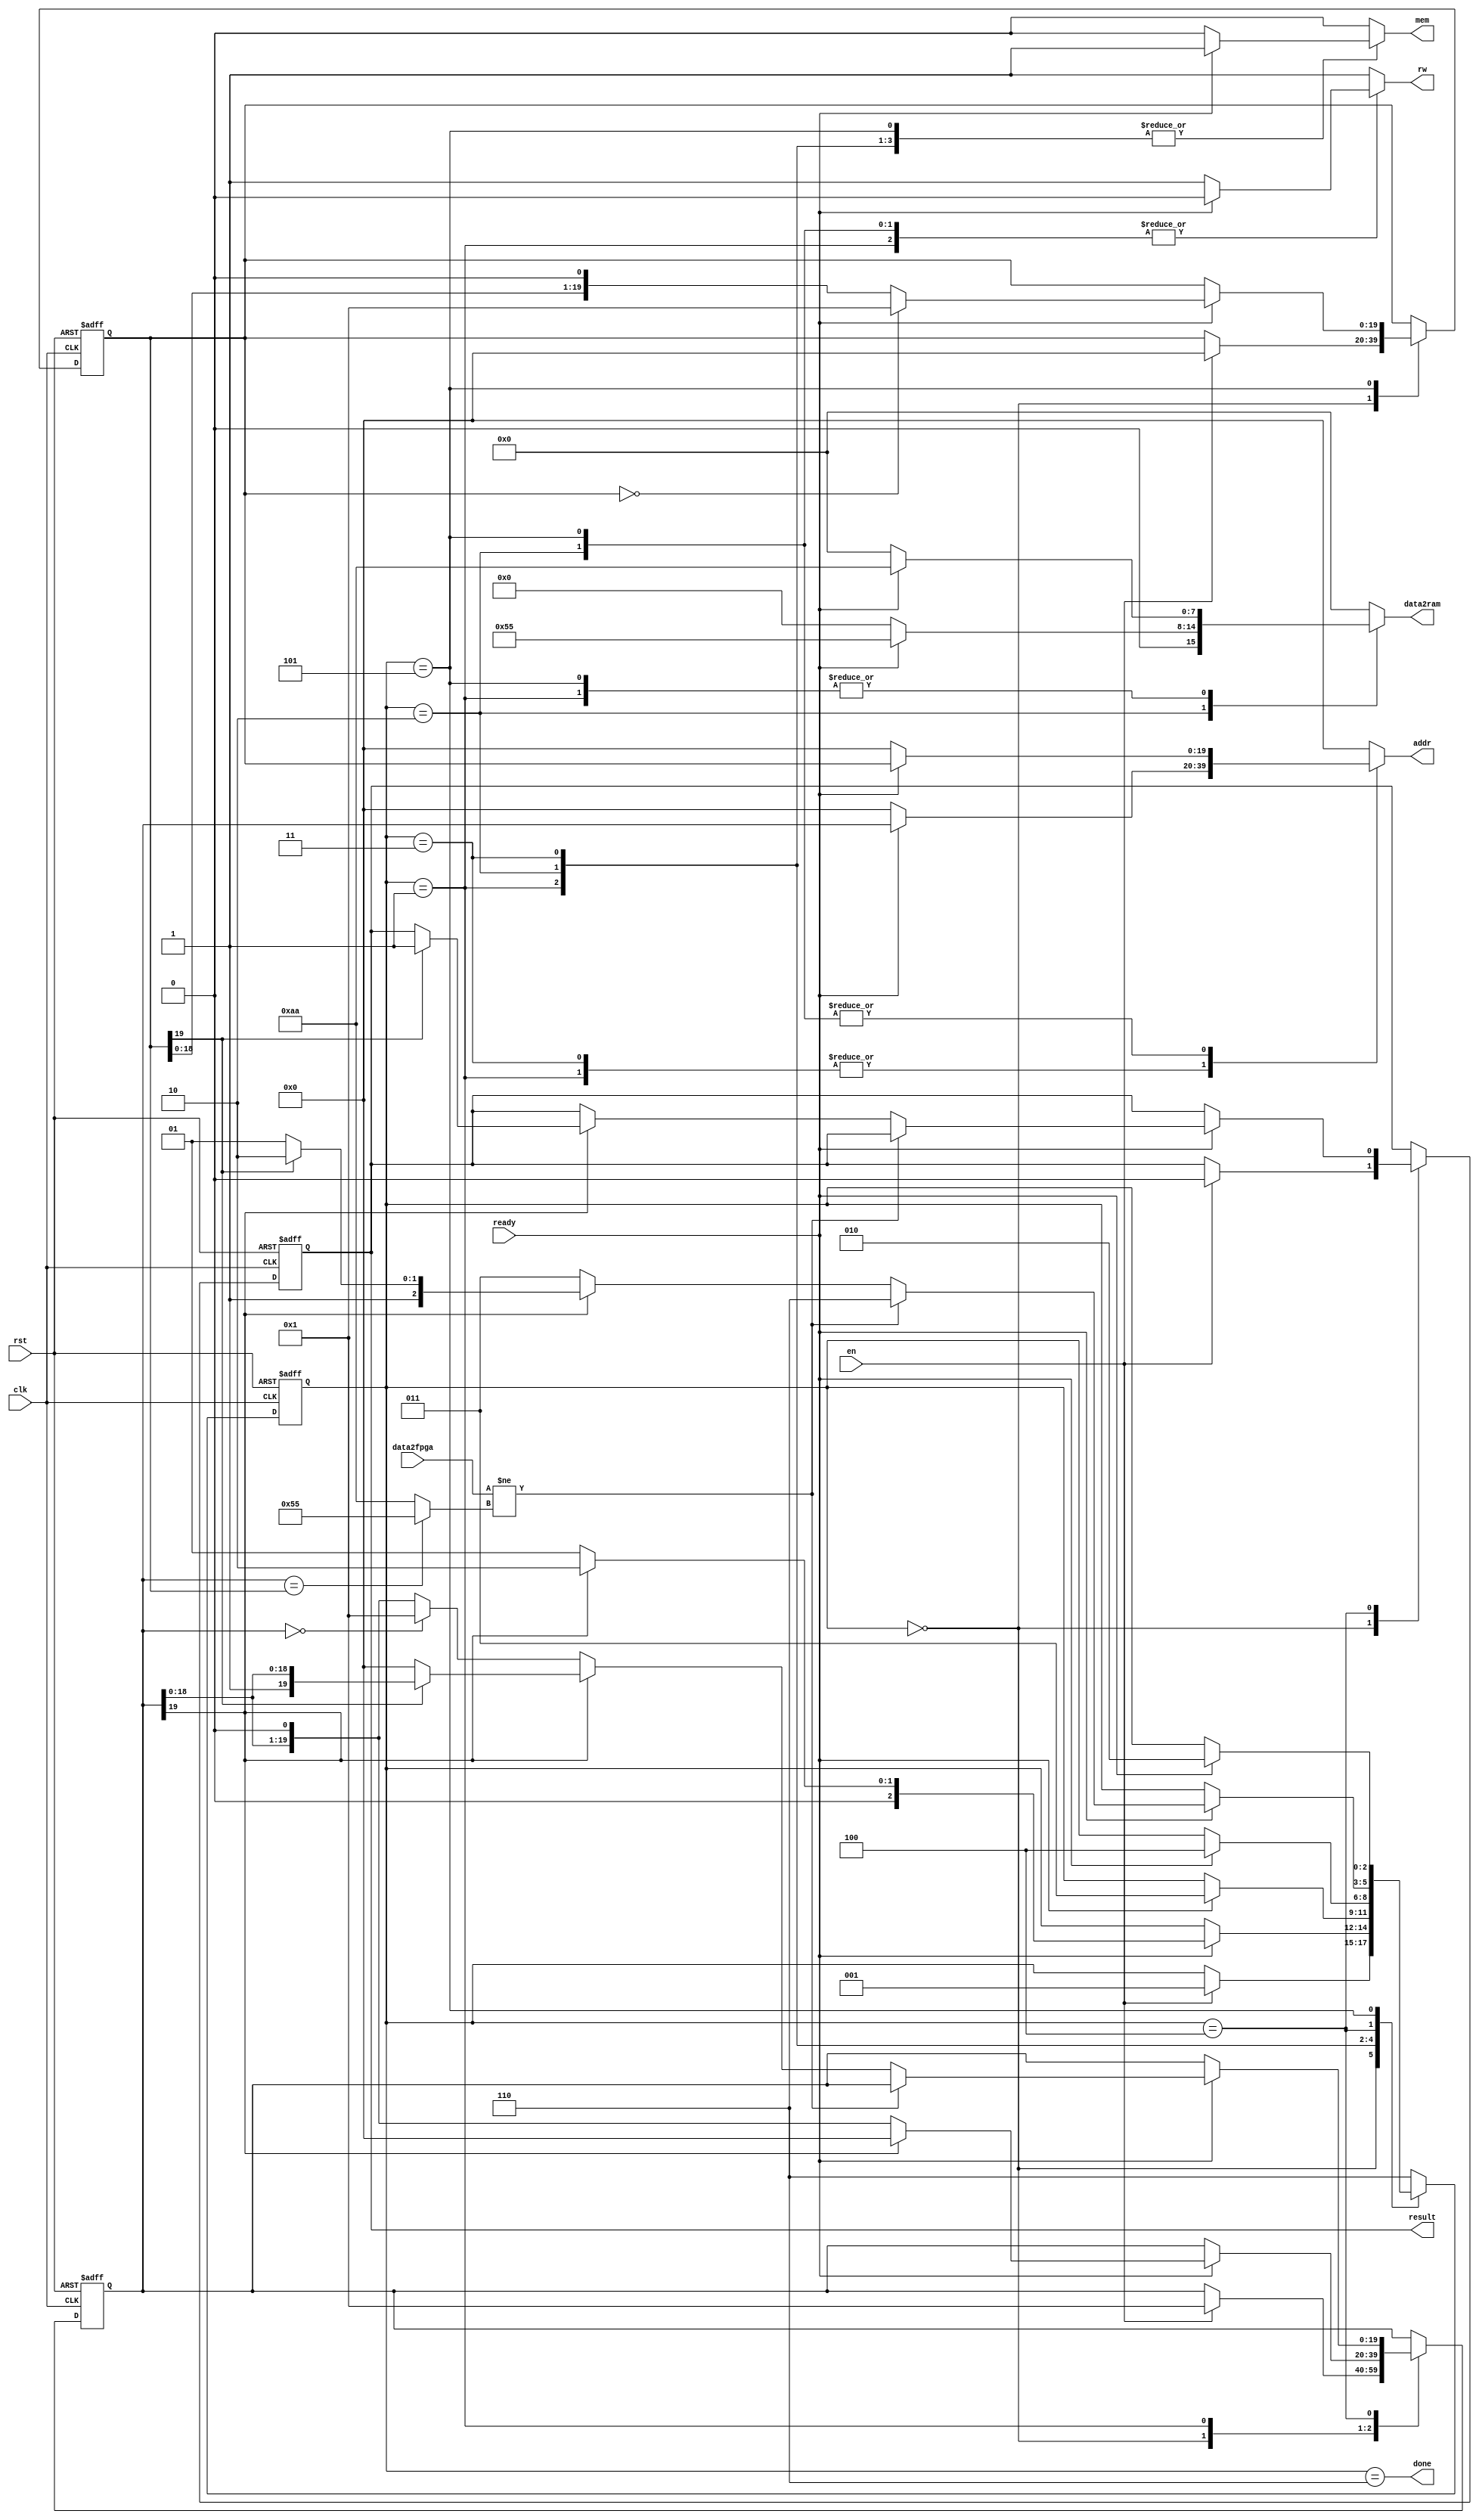
////////////////////////////////////////////////////////////////////////////////
//
// 
// Module Name:     addr_bus_test
// Target Devices:  Mojo V3 (Spartan-6)
//
// Description:     NTSC Shield SRAM Address Bus Test
//
//                  Address Bus Test is a "walking ones" test. The test writes a
//                  test pattern to each "walking one" address (0x00001,
//                  0x00002, etc.), then writes the inverse to each address
//                  (including 0x00000) and tests to make sure each other
//                  address holds the original test pattern. 
//
// Inputs:          clk         - 50 MHz Mojo V3 clock input
//                  rst         - asynchronous reset
//                  en          - enable test
//                  ready       - ready for new operation
//                  data2fpga   - 8-bit data read from SRAM
//		
// Outputs:         mem         - initiate memory operation
//                  rw          - read (1) or write (0)
//                  addr        - 20-bit address
//                  data2ram    - 8-bit data to write to SRAM
//                  done        - test done flag
//                  result      - test result
//
////////////////////////////////////////////////////////////////////////////////

module addr_bus_test
    (
    input wire clk,
    input wire rst,
    
    input wire en,
    
    output reg mem,
    output reg rw,
    input wire ready,
    
    output reg [19:0] addr,
    output reg [7:0] data2ram,
    input wire [7:0] data2fpga,
    
    output wire done,
    output wire result
    );
    
    
// CONSTANTS ///////////////////////////////////////////////////////////////////
   
    // FSM states
    localparam S_IDLE    = 3'd0,
               S_INIT    = 3'd1,
               S_WRITE   = 3'd2,
               S_READ    = 3'd3,
               S_COMPARE = 3'd4,
               S_REINIT  = 3'd5,
               S_DONE    = 3'd6;
    
    // initial address and data
    localparam INIT_ADDR = 20'h0_0000;
    localparam INIT_DATA = 8'b1010_1010;
    localparam TEST_DATA = ~INIT_DATA;
    
    // test results
    localparam FAIL    = 1'b0,
               SUCCESS = 1'b1;
    
    
// SIGNAL DECLARATION //////////////////////////////////////////////////////////
    
    // FSM registers
    reg [2:0] state_ff, state_ns;
    
    // test registers
    reg [19:0] addr_ff, addr_ns;
    reg [19:0] test_addr_ff, test_addr_ns;
    wire [7:0] data;
    reg result_ff, result_ns;
    
    
// SIGNALS /////////////////////////////////////////////////////////////////////
    
    // multiplex data depending on if it's the test address or not
    assign data = (addr_ff == test_addr_ff) ? TEST_DATA : INIT_DATA;
    
    
// REGISTERS ///////////////////////////////////////////////////////////////////
    
    always @(posedge clk, posedge rst)
        if(rst)
            begin
                state_ff <= S_IDLE;
                addr_ff <= 20'h0_0001;
                test_addr_ff <= INIT_ADDR;
                result_ff <= FAIL;
            end
        else
            begin
                state_ff <= state_ns;
                addr_ff <= addr_ns;
                test_addr_ff <= test_addr_ns;
                result_ff <= result_ns;
            end
    
    
// NEXT STATE LOGIC ////////////////////////////////////////////////////////////
    
    always @*
        begin
            state_ns = state_ff;
            
            // default control, address, and data signals
            mem = 1'b0;
            rw = 1'b1;
            addr = 20'h0_0000;
            data2ram = 8'd0;
            
            addr_ns = addr_ff;
            test_addr_ns = test_addr_ff;
            result_ns = result_ff;
            
            case(state_ff)
                // idle state
                S_IDLE:
                    if(en)
                        begin                    
                            // reset address, test address, and result
                            addr_ns = 20'h0_0001;
                            test_addr_ns = INIT_ADDR;
                            result_ns = FAIL;
                            
                            state_ns = S_INIT;
                        end
                
                // initialize the SRAM
                S_INIT:
                    if(ready)
                        begin
                            mem = 1'b1;
                            rw = 1'b0;
                            addr = addr_ff;
                            data2ram = INIT_DATA;
                            
                            // "walk the ones" for the address lines
                            if(addr_ff[19])
                                begin
                                    // reset address for the upcoming read
                                    addr_ns = INIT_ADDR;
                                    state_ns = S_WRITE;
                                end
                            else
                                begin
                                    addr_ns = addr_ff << 1;
                                    state_ns = S_INIT;
                                end
                        end
                
                // write the test data to the test address
                S_WRITE:
                    if(ready)
                        begin
                            mem = 1'b1;
                            rw = 1'b0;
                            addr = test_addr_ff;
                            data2ram = TEST_DATA;
                            
                            state_ns = S_READ;
                        end
                
                // read from the SRAM
                S_READ:
                    if(ready)
                        begin                            
                            mem = 1'b1;
                            rw = 1'b1;
                            addr = addr_ff;
                            
                            state_ns = S_COMPARE;
                        end
                
                // compare written and read data
                S_COMPARE:
                    if(ready)
                        if(data2fpga != data)
                            state_ns = S_DONE;
                        else
                            if(addr_ff[19])
                                begin
                                    if(test_addr_ff[19])
                                        begin
                                            // if last test address complete and
                                            // all addresses good, we're done
                                            result_ns = SUCCESS;
                                            state_ns = S_DONE;
                                        end
                                    else
                                        begin
                                            // if it's not the last test address
                                            // then re-init the test address
                                            // and continue
                                            addr_ns = INIT_ADDR;
                                            state_ns = S_REINIT;
                                        end
                                end
                            else
                                begin
                                    // "walk the ones" of the address
                                    if(addr_ff == 20'h0_0000)
                                        addr_ns = 20'h0_0001;
                                    else
                                        addr_ns = addr_ff << 1;
                                    
                                    state_ns = S_READ;
                                end
                
                // re-write the last test address with the init data
                S_REINIT:
                    if(ready)
                        begin
                            mem = 1'b1;
                            rw = 1'b0;
                            addr = test_addr_ff;
                            data2ram = INIT_DATA;
                            
                            // "walk the ones" of the test address
                            if(test_addr_ff == 20'h0_0000)
                                test_addr_ns = 20'h0_0001;
                            else
                                test_addr_ns = test_addr_ff << 1;
                            
                            state_ns = S_WRITE;
                        end
                
                S_DONE:
                    state_ns = S_DONE;
                
                default:
                    state_ns = S_DONE;
            
            endcase
        end
    
    
// OUTPUT LOGIC ////////////////////////////////////////////////////////////////
    
    // SRAM test results
    assign done = (state_ff == S_DONE);
    assign result = result_ff;
    
endmodule